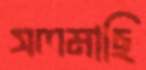
সলমাছি